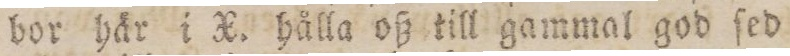
bor här i X. hålla oß till gammal god ſed